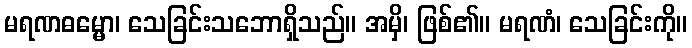
မရဏဓမ္မော၊ သေခြင်းသဘောရှိသည်။ အမှိ၊ ဖြစ်၏။ မရဏံ၊ သေခြင်းကို။